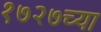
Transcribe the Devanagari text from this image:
१७२७च्या